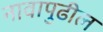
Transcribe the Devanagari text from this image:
नावापुढील